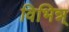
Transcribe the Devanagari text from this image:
विभिन्न्